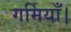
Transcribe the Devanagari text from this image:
गर्मियाँ।